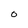
Character: O